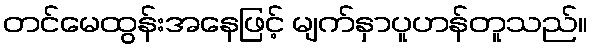
တင်မေထွန်းအနေဖြင့် မျက်နှာပူဟန်တူသည်။